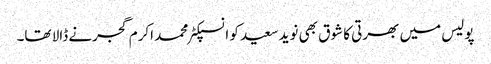
پولیس میں بھرتی کا شوق بھی نوید سعید کو انسپکٹر محمد اکرم گجرنے ڈالا تھا۔